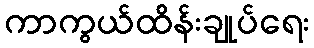
ကာကွယ်ထိန်းချုပ်ရေး